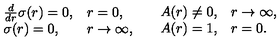
\begin{array} { l l } { \begin{array} { l l } { \frac { d } { d r } \sigma ( r ) = 0 , } & { r = 0 , } \\ { \sigma ( r ) = 0 , } & { r \rightarrow \infty , } \\ \end{array} } & { \begin{array} { l l } { A ( r ) \neq 0 , } & { r \rightarrow \infty , } \\ { A ( r ) = 1 , } & { r = 0 . } \\ \end{array} } \\ \end{array}